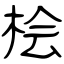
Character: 桧